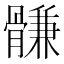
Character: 䯡